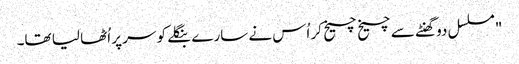
"مسلسل دو گھنٹے سے چیخ چیخ کر اُس نے سارے بنگلے کو سر پر اُٹھا لیا تھا۔